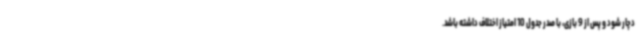
دچار شود و پس از 9 بازی، با صدر جدول 10 امتیاز اختلاف داشته باشد.